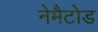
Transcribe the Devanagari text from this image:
नेमैटोड